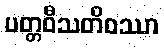
ပတ္တဝီသတိဝဿာ